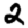
Digit: 2